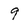
Character: 9